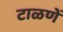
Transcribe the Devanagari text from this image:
टाळणें